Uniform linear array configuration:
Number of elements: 24
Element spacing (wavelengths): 0.25
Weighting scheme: binomial
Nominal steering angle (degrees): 0
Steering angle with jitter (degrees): -0.05814
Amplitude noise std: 0.05
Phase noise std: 0.05

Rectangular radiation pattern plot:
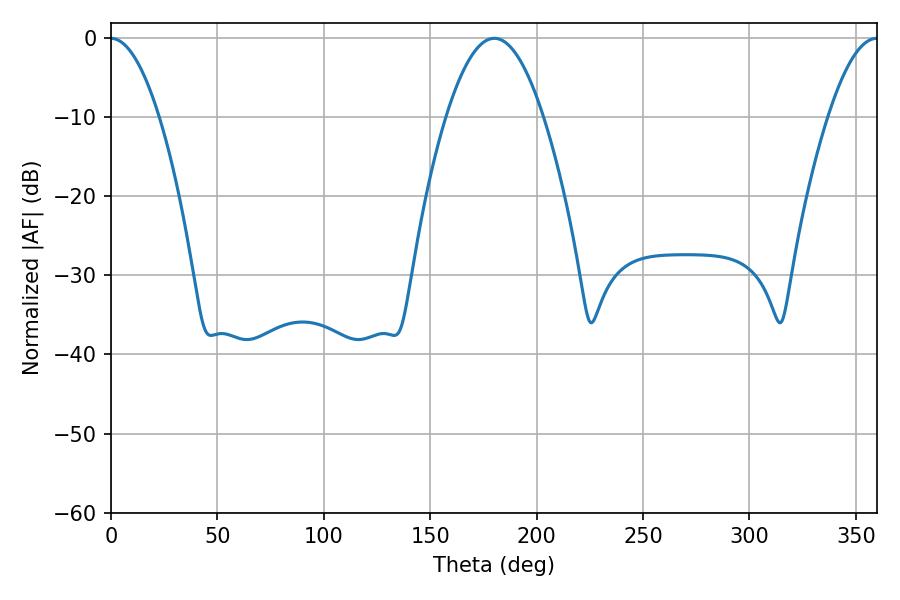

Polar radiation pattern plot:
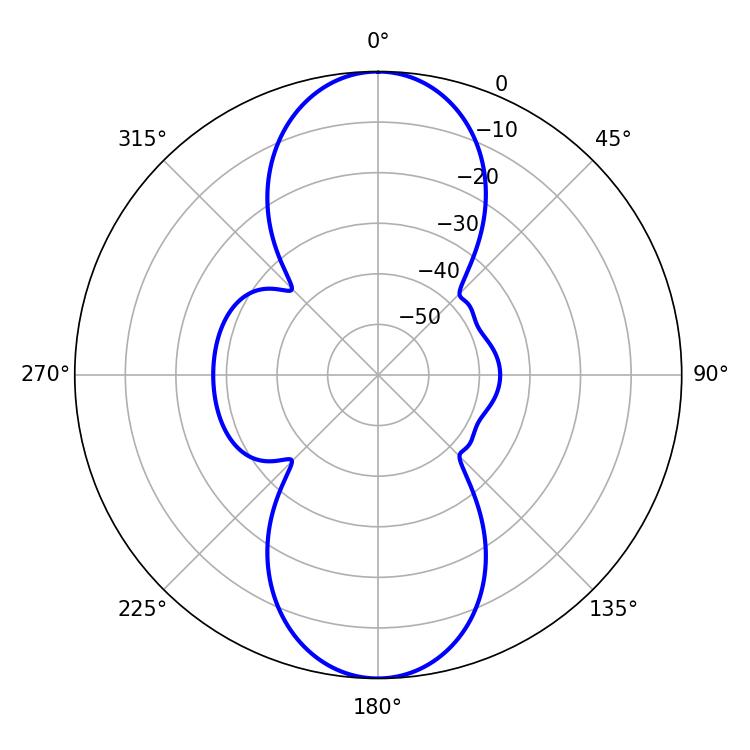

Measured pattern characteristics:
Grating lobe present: FALSE
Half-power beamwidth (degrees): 24.84
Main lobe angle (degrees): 180.18